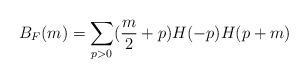
\begin{align*}B_F(m) = \sum_{p>0} (\frac{m}{2} + p)H(-p)H(p+m)\end{align*}